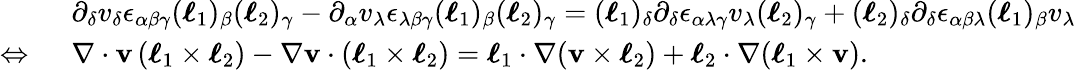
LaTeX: \begin{array}{rl}&{\partial_{\delta}v_{\delta}\epsilon_{\alpha\beta\gamma}(\boldsymbol{\ell}_{1})_{\beta}(\boldsymbol{\ell}_{2})_{\gamma}-\partial_{\alpha}v_{\lambda}\epsilon_{\lambda\beta\gamma}(\boldsymbol{\ell}_{1})_{\beta}(\boldsymbol{\ell}_{2})_{\gamma}=(\boldsymbol{\ell}_{1})_{\delta}\partial_{\delta}\epsilon_{\alpha\lambda\gamma}v_{\lambda}(\boldsymbol{\ell}_{2})_{\gamma}+(\boldsymbol{\ell}_{2})_{\delta}\partial_{\delta}\epsilon_{\alpha\beta\lambda}(\boldsymbol{\ell}_{1})_{\beta}v_{\lambda}}\\ {\Leftrightarrow\ }&{\nabla\cdot\mathbf{v}\, (\boldsymbol{\ell}_{1}\times\boldsymbol{\ell}_{2})-\nabla\mathbf{v}\cdot(\boldsymbol{\ell}_{1}\times\boldsymbol{\ell}_{2})=\boldsymbol{\ell}_{1}\cdot\nabla(\mathbf{v}\times\boldsymbol{\ell}_{2})+\boldsymbol{\ell}_{2}\cdot\nabla(\boldsymbol{\ell}_{1}\times\mathbf{v}).}\end{array}